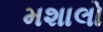
મશાલો